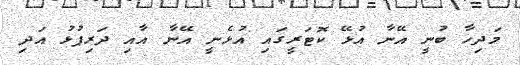
މަދިހާ ބުނީ އޭނާ އުޅޭ ކޮޓަރީގައި އުޅެނީ އޭނާ އާއި ދަރިފުޅު އަދި